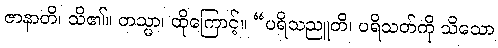
ဇာနာတိ၊ သိ၏။ တသ္မာ၊ ထိုကြောင့်။ “ပရိသညူတိ၊ ပရိသတ်ကို သိသော